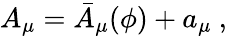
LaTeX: A_{\mu}=\bar{A}_{\mu}(\phi)+a_{\mu}\ ,